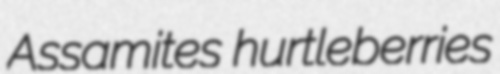
Assamites hurtleberries